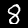
Digit: 8